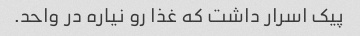
پیک اسرار داشت که غذا رو نیاره در واحد.